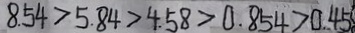
8 . 5 4 > 5 . 8 4 > 4 . 5 8 > 0 . 8 5 4 > 0 . 4 5